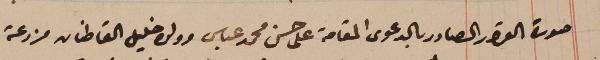
صورة القرار الصادر بالدعوى المقامة على حسن محمد عباس وولده خليل القاطنان مزرعة